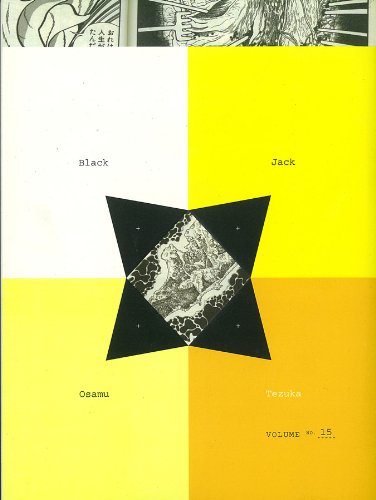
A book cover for Black Jack, Vol. 15; Osamu Tezuka; Comics & Graphic Novels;